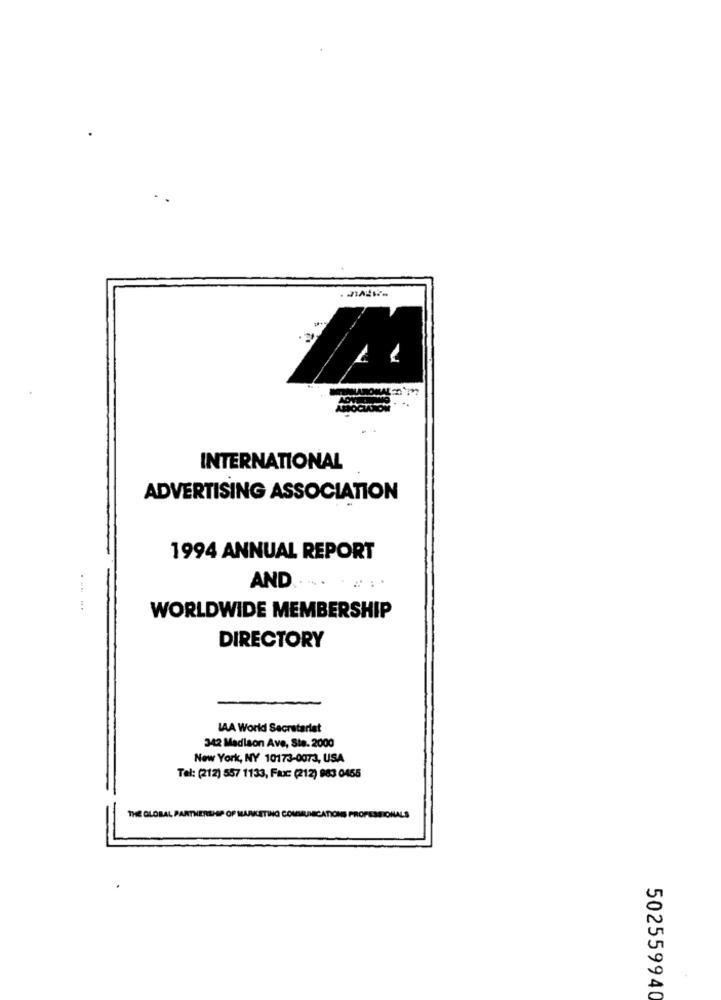
INTERNATIONAL
ADVERTISING ASSOCIATION
1994 ANNUAL REPORT
AND
WORLDWIDE MEMBERSHIP
DIRECTORY
IAA World Secretariat
342 Madison Ave, Ste. 2000
New York, NY 10173-0073, USA
Tel: (212) 557 1133, Fax: (212) 983 0455
THE GLOBAL PARTNERSHIP OF MARKETING COMMUNICATIONS PROFESSIONALS
502559940